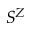
S ^ { Z }